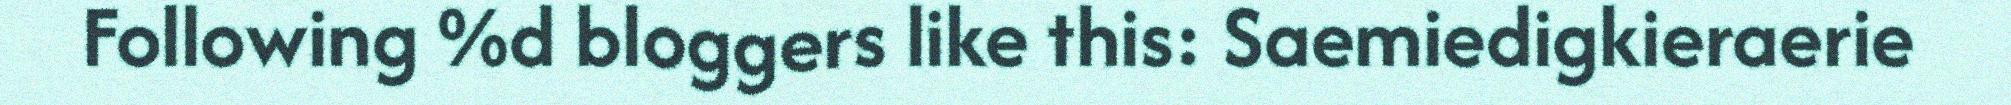
Following %d bloggers like this: Saemiedigkieraerie